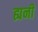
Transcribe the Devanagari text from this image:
ह्यनी